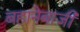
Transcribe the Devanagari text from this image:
बहानेबाजी